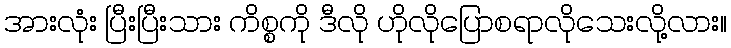
အားလုံး ပြီးပြီးသား ကိစ္စကို ဒီလို ဟိုလိုပြောစရာလိုသေးလို့လား။